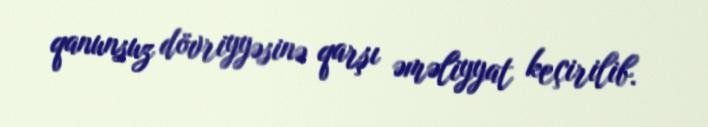
qanunsuz dövriyyəsinə qarşı əməliyyat keçirilib.